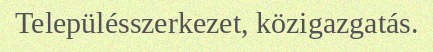
Településszerkezet, közigazgatás.